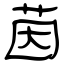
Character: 茵